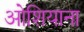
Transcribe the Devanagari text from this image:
ओशियाना